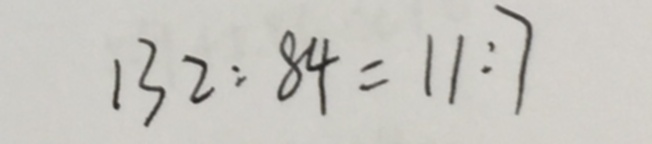
1 3 2 : 8 4 = 1 1 : 7